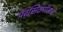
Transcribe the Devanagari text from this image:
पॅरसिटमॉलचे